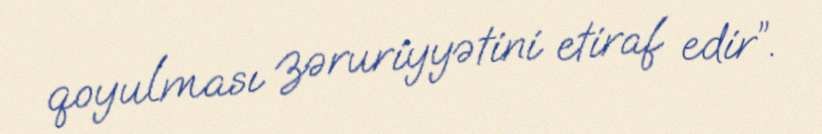
qoyulması zəruriyyətini etiraf edir”.